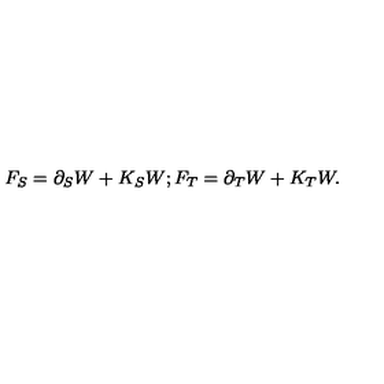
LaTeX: F _ { S } = \partial _ { S } W + K _ { S } W ; F _ { T } = \partial _ { T } W + K _ { T } W .